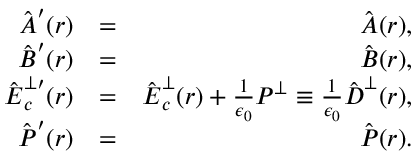
\begin{array} { r l r } { \hat { \boldsymbol A } ^ { \prime } ( \boldsymbol r ) } & { = } & { \hat { \boldsymbol A } ( \boldsymbol r ) , } \\ { \hat { \boldsymbol B } ^ { \prime } ( \boldsymbol r ) } & { = } & { \hat { \boldsymbol B } ( \boldsymbol r ) , } \\ { \hat { \boldsymbol E } _ { c } ^ { \perp \prime } ( \boldsymbol r ) } & { = } & { \hat { \boldsymbol E } _ { c } ^ { \perp } ( \boldsymbol r ) + \frac { 1 } { \epsilon _ { 0 } } { \boldsymbol P } ^ { \perp } \equiv \frac { 1 } { \epsilon _ { 0 } } \hat { \boldsymbol D } ^ { \perp } ( \boldsymbol r ) , } \\ { \hat { \boldsymbol P } ^ { \prime } ( \boldsymbol r ) } & { = } & { \hat { \boldsymbol P } ( \boldsymbol r ) . } \end{array}